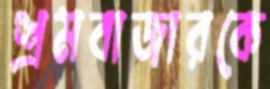
শ্রমবাজারকে